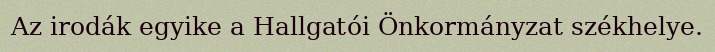
Az irodák egyike a Hallgatói Önkormányzat székhelye.